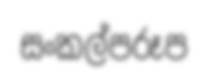
සංකල්පරූප